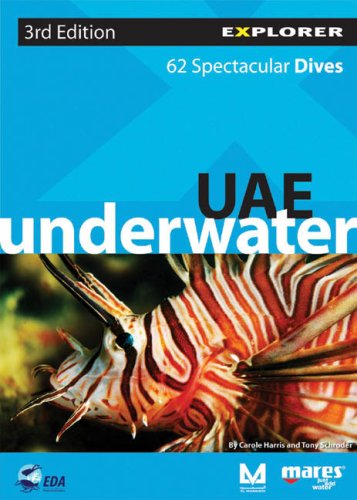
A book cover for UAE Underwater; Explorer Publishing; Travel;